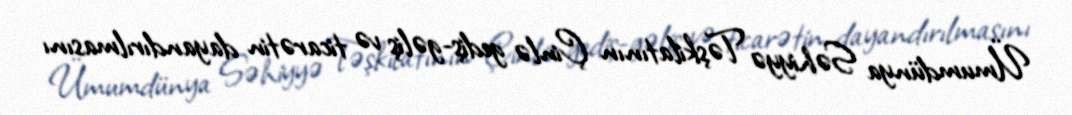
Ümumdünya Səhiyyə Təşkilatının Çinlə gediş-gəliş və ticarətin dayandırılmasını